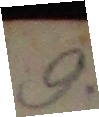
9.